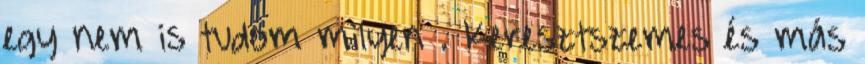
egy nem is tudom milyen . Keresztszemes és más